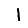
Digit: 1